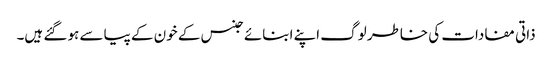
ذاتی مفادات کی خاطر لوگ اپنے ابنائے جنس کے خون کے پیاسے ہو گئے ہیں۔